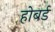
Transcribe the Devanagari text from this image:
होबर्ड